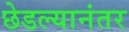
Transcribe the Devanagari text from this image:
छेडल्यानंतर